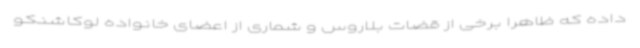
داده که ظاهرا برخی از قضات بلاروس و شماری از اعضای خانواده لوکاشنکو